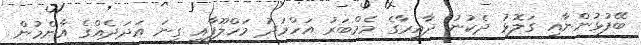
ބޭފުޅުންނާއި ގަލޮޅު ދެކުނު ދާއިރާގެ މެމްބަރު އަހްމަދު މަހްލޫފާއި ގިނަ އަދަދެއްގެ އާންމުން